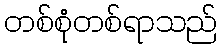
တစ်စုံတစ်ရာသည်